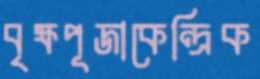
বৃক্ষপূজাকেন্দ্রিক